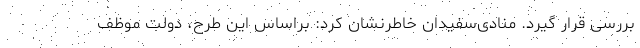
بررسی قرار گیرد. منادی‌سفیدان خاطرنشان کرد: براساس این طرح، دولت موظف